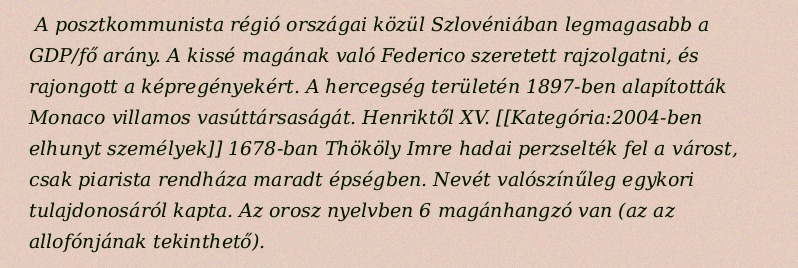
A posztkommunista régió országai közül Szlovéniában legmagasabb a GDP/fő arány. A kissé magának való Federico szeretett rajzolgatni, és rajongott a képregényekért. A hercegség területén 1897-ben alapították Monaco villamos vasúttársaságát. Henriktől XV. [[Kategória:2004-ben elhunyt személyek]] 1678-ban Thököly Imre hadai perzselték fel a várost, csak piarista rendháza maradt épségben. Nevét valószínűleg egykori tulajdonosáról kapta. Az orosz nyelvben 6 magánhangzó van (az az allofónjának tekinthető).